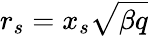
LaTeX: r_{s}=x_{s}\sqrt{\beta q}